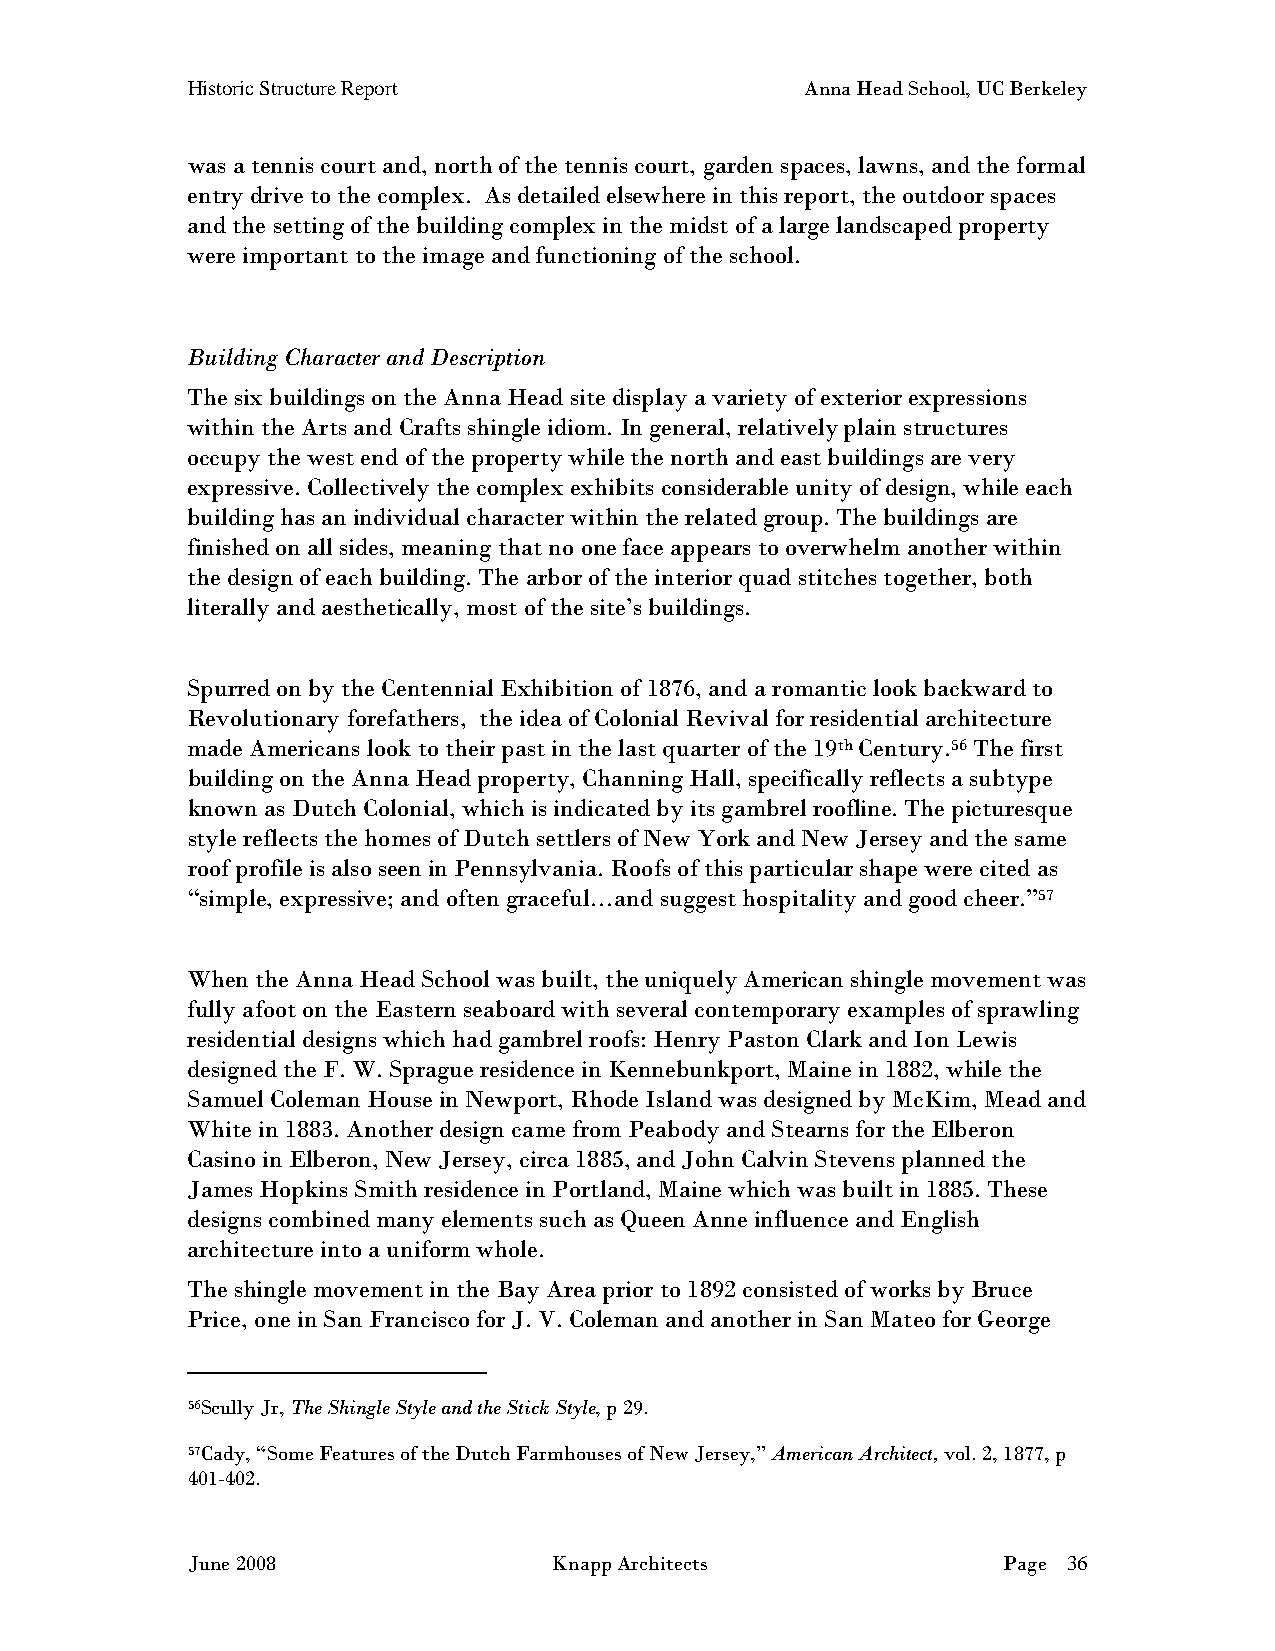
Historic Structure Report                Anna Head School, UC Berkeley
 was a tennis court and, north of the tennis court, garden spaces, lawns, and the formal
 entry drive to the complex. As detailed elsewhere in this report, the outdoor spaces
 and the setting of the building complex in the midst of a large landscaped property
 were important to the image and functioning of the school.
 Building Character and Description
 The six buildings on the Anna Head site display a variety of exterior expressions
 within the Arts and Crafts shingle idiom. In general, relatively plain structures
 occupy the west end of the property while the north and east buildings are very
 expressive. Collectively the complex exhibits considerable unity of design, while each
 building has an individual character within the related group. The buildings are
 finished on all sides, meaning that no one face appears to overwhelm another within
 the design of each building. The arbor of the interior quad stitches together, both
 literally and aesthetically, most of the site’s buildings.
 Spurred on by the Centennial Exhibition of 1876, and a romantic look backward to
 Revolutionary forefathers, the idea of Colonial Revival for residential architecture
 made Americans look to their past in the last quarter of the 19th Century.56 The first
 building on the Anna Head property, Channing Hall, specifically reflects a subtype
 known as Dutch Colonial, which is indicated by its gambrel roofline. The picturesque
 style reflects the homes of Dutch settlers of New York and New Jersey and the same
 roof profile is also seen in Pennsylvania. Roofs of this particular shape were cited as
 “simple, expressive; and often graceful…and suggest hospitality and good cheer.”57
 When the Anna Head School was built, the uniquely American shingle movement was
 fully afoot on the Eastern seaboard with several contemporary examples of sprawling
 residential designs which had gambrel roofs: Henry Paston Clark and Ion Lewis
 designed the F. W. Sprague residence in Kennebunkport, Maine in 1882, while the
 Samuel Coleman House in Newport, Rhode Island was designed by McKim, Mead and
 White in 1883. Another design came from Peabody and Stearns for the Elberon
 Casino in Elberon, New Jersey, circa 1885, and John Calvin Stevens planned the
 James Hopkins Smith residence in Portland, Maine which was built in 1885. These
 designs combined many elements such as Queen Anne influence and English
 architecture into a uniform whole.
 The shingle movement in the Bay Area prior to 1892 consisted of works by Bruce
 Price, one in San Francisco for J. V. Coleman and another in San Mateo for George
 56Scully Jr, The Shingle Style and the Stick Style, p 29.
 57Cady, “Some Features of the Dutch Farmhouses of New Jersey,” American Architect, vol. 2, 1877, p
 401-402.
 June 2008                Knapp Architects             Page 36